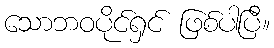
သောဘဝပိုင်ရှင် ဖြစ်ပါပြီ။